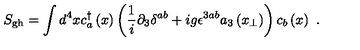
S _ { \mathrm { g h } } = \int d ^ { 4 } x c _ { a } ^ { \dagger } \left( x \right) \left( \frac { 1 } { i } \partial _ { 3 } \delta ^ { a b } + i g \epsilon ^ { 3 a b } a _ { 3 } \left( x _ { \perp } \right) \right) c _ { b } \left( x \right) \ .